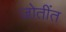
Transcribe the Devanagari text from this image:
जोतींत